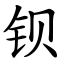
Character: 钡